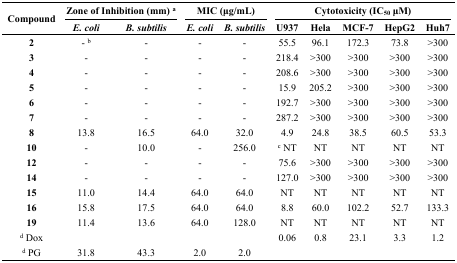
| <ROWSPAN=2> Compound | <COLSPAN=2> Zone of Inhibition (mm) a | <COLSPAN=2> MIC (μg/mL) | <COLSPAN=5> Cytotoxicity (IC50 μM) |
 | E. coli | B. subtilis | E. coli | B. subtilis | U937 | Hela | MCF-7 | HepG2 | Huh7 |
 | --- | --- | --- | --- | --- | --- | --- | --- | --- | --- |
 | 2 | - b | - | - | - | 55.5 | 96.1 | 172.3 | 73.8 | >300 |
 | 3 | - | - | - | - | 218.4 | >300 | >300 | >300 | >300 |
 | 4 | - | - | - | - | 208.6 | >300 | >300 | >300 | >300 |
 | 5 | - | - | - | - | 15.9 | 205.2 | >300 | >300 | >300 |
 | 6 | - | - | - | - | 192.7 | >300 | >300 | >300 | >300 |
 | 7 | - | - | - | - | 287.2 | >300 | >300 | >300 | >300 |
 | 8 | 13.8 | 16.5 | 64.0 | 32.0 | 4.9 | 24.8 | 38.5 | 60.5 | 53.3 |
 | 10 | - | 10.0 | - | 256.0 | c NT | NT | NT | NT | NT |
 | 12 | - | - | - | - | 75.6 | >300 | >300 | >300 | >300 |
 | 14 | - | - | - | - | 127.0 | >300 | >300 | >300 | >300 |
 | 15 | 11.0 | 14.4 | 64.0 | 64.0 | NT | NT | NT | NT | NT |
 | 16 | 15.8 | 17.5 | 64.0 | 64.0 | 8.8 | 60.0 | 102.2 | 52.7 | 133.3 |
 | 19 | 11.4 | 13.6 | 64.0 | 128.0 | NT | NT | NT | NT | NT |
 | d Dox |  |  |  |  | 0.06 | 0.8 | 23.1 | 3.3 | 1.2 |
 | d PG | 31.8 | 43.3 | 2.0 | 2.0 |  |  |  |  |  |